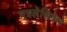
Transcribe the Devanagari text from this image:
पत्रलेखिकेचे